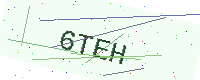
Text: 6TEH